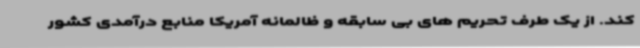
کند. از یک طرف تحریم های بی سابقه و ظالمانه آمریکا منابع درآمدی کشور